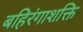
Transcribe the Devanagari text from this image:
बहिरंगाशक्ति